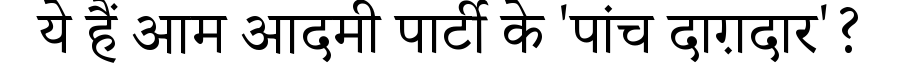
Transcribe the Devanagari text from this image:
ये हैं आम आदमी पार्टी के 'पांच दाग़दार'?